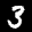
Label: 3